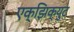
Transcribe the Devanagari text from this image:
एक्झिक्युट